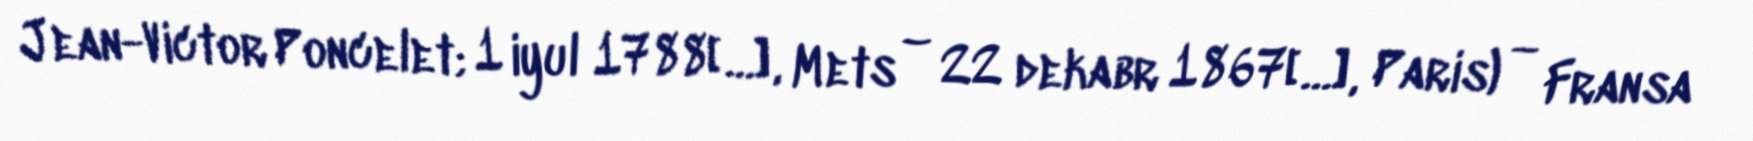
Jean-Victor Poncelet; 1 iyul 1788[…], Mets – 22 dekabr 1867[…], Paris) — Fransa